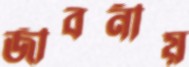
জীবনীয়